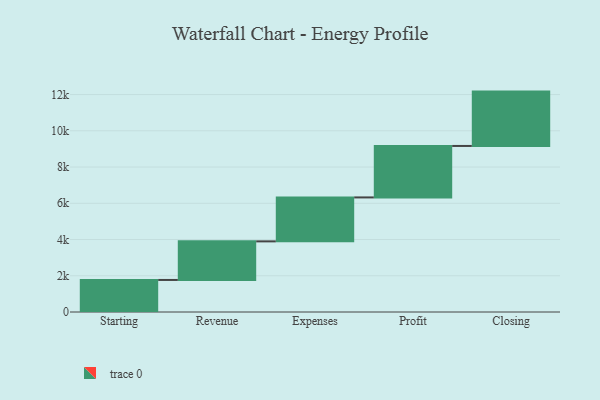
{"axis": {"x": "Step", "y": "Value"}, "legend": [""], "data": [{"x": "Starting", "y": 1768.0, "type": ""}, {"x": "Revenue", "y": 2130.0, "type": ""}, {"x": "Expenses", "y": 2425.0, "type": ""}, {"x": "Profit", "y": 2840.0, "type": ""}, {"x": "Closing", "y": 3000, "type": ""}]}